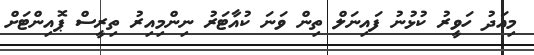
މިއަދު ހަވީރު ކުޅުނު ފައިނަލް ތިން ވަނަ ކުއާޓަރު ނިންމިއިރު ތިރީސް ޕޮއިންޓަށް